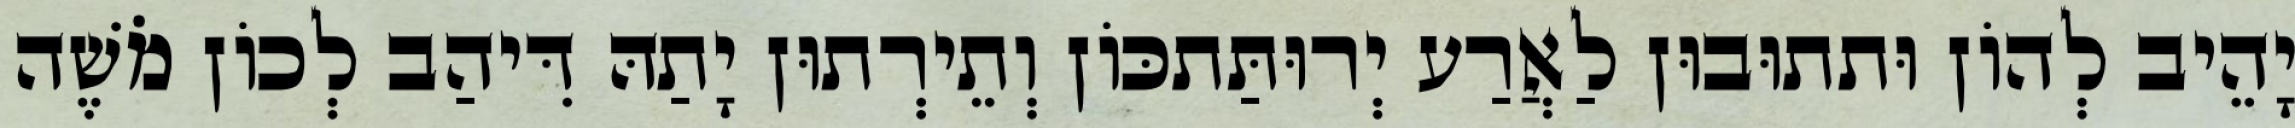
יָהֵיב לְהוֹן וּתתוּבוּן לַאֲרַע יְרוּתַּתכּוֹן וְתֵירְתוּן יָתַהּ דִּיהַב לְכוֹן מֹשֶׁה